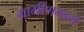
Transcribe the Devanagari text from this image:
ग्रामीणमार्ग